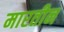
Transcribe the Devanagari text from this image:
मारतीन